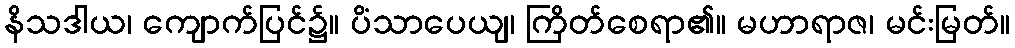
နိသဒါယ၊ ကျောက်ပြင်၌။ ပိံသာပေယျ၊ ကြိတ်စေရာ၏။ မဟာရာဇ၊ မင်းမြတ်။